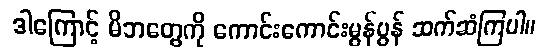
ဒါကြောင့် မိဘတွေကို ကောင်းကောင်းမွန်မွန် ဆက်ဆံကြပါ။